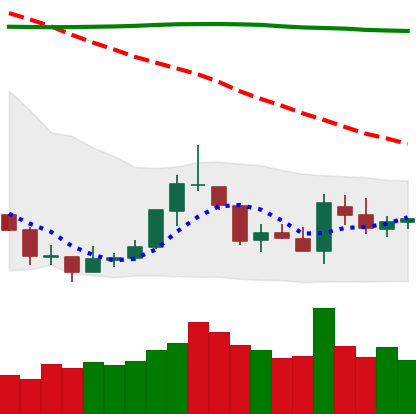
Ticker: TRX-USD
Chart end date: 2018-07-28
Forward return: -14.254%
Label: down_7plus